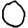
Digit: 0